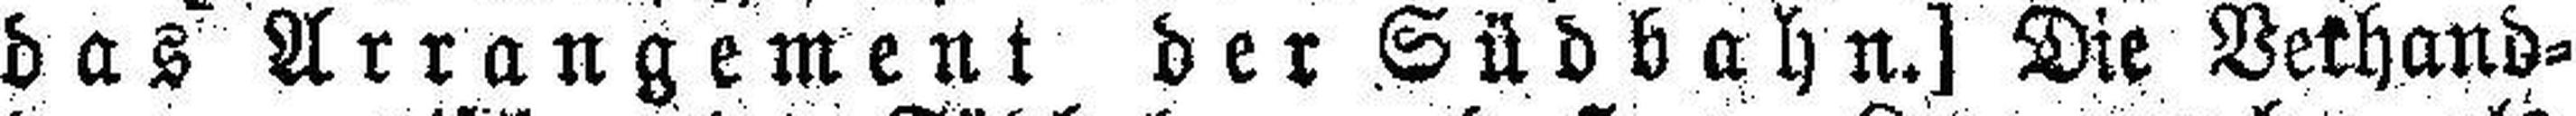
das Arrangement der Südbahn.] Die Verhand¬